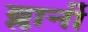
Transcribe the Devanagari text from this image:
ब्लार्नी